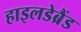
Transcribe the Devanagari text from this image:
हाइलडेब्रैंड